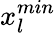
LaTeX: x_{l}^{min}